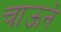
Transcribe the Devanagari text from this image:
चाऊने